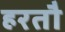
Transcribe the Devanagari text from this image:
हरतौ